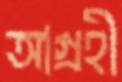
আগ্রহী